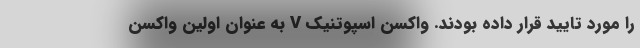
را مورد تایید قرار داده بودند. واکسن اسپوتنیک V به عنوان اولین واکسن